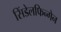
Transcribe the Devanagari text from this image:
सिंडेलफिन्गेन